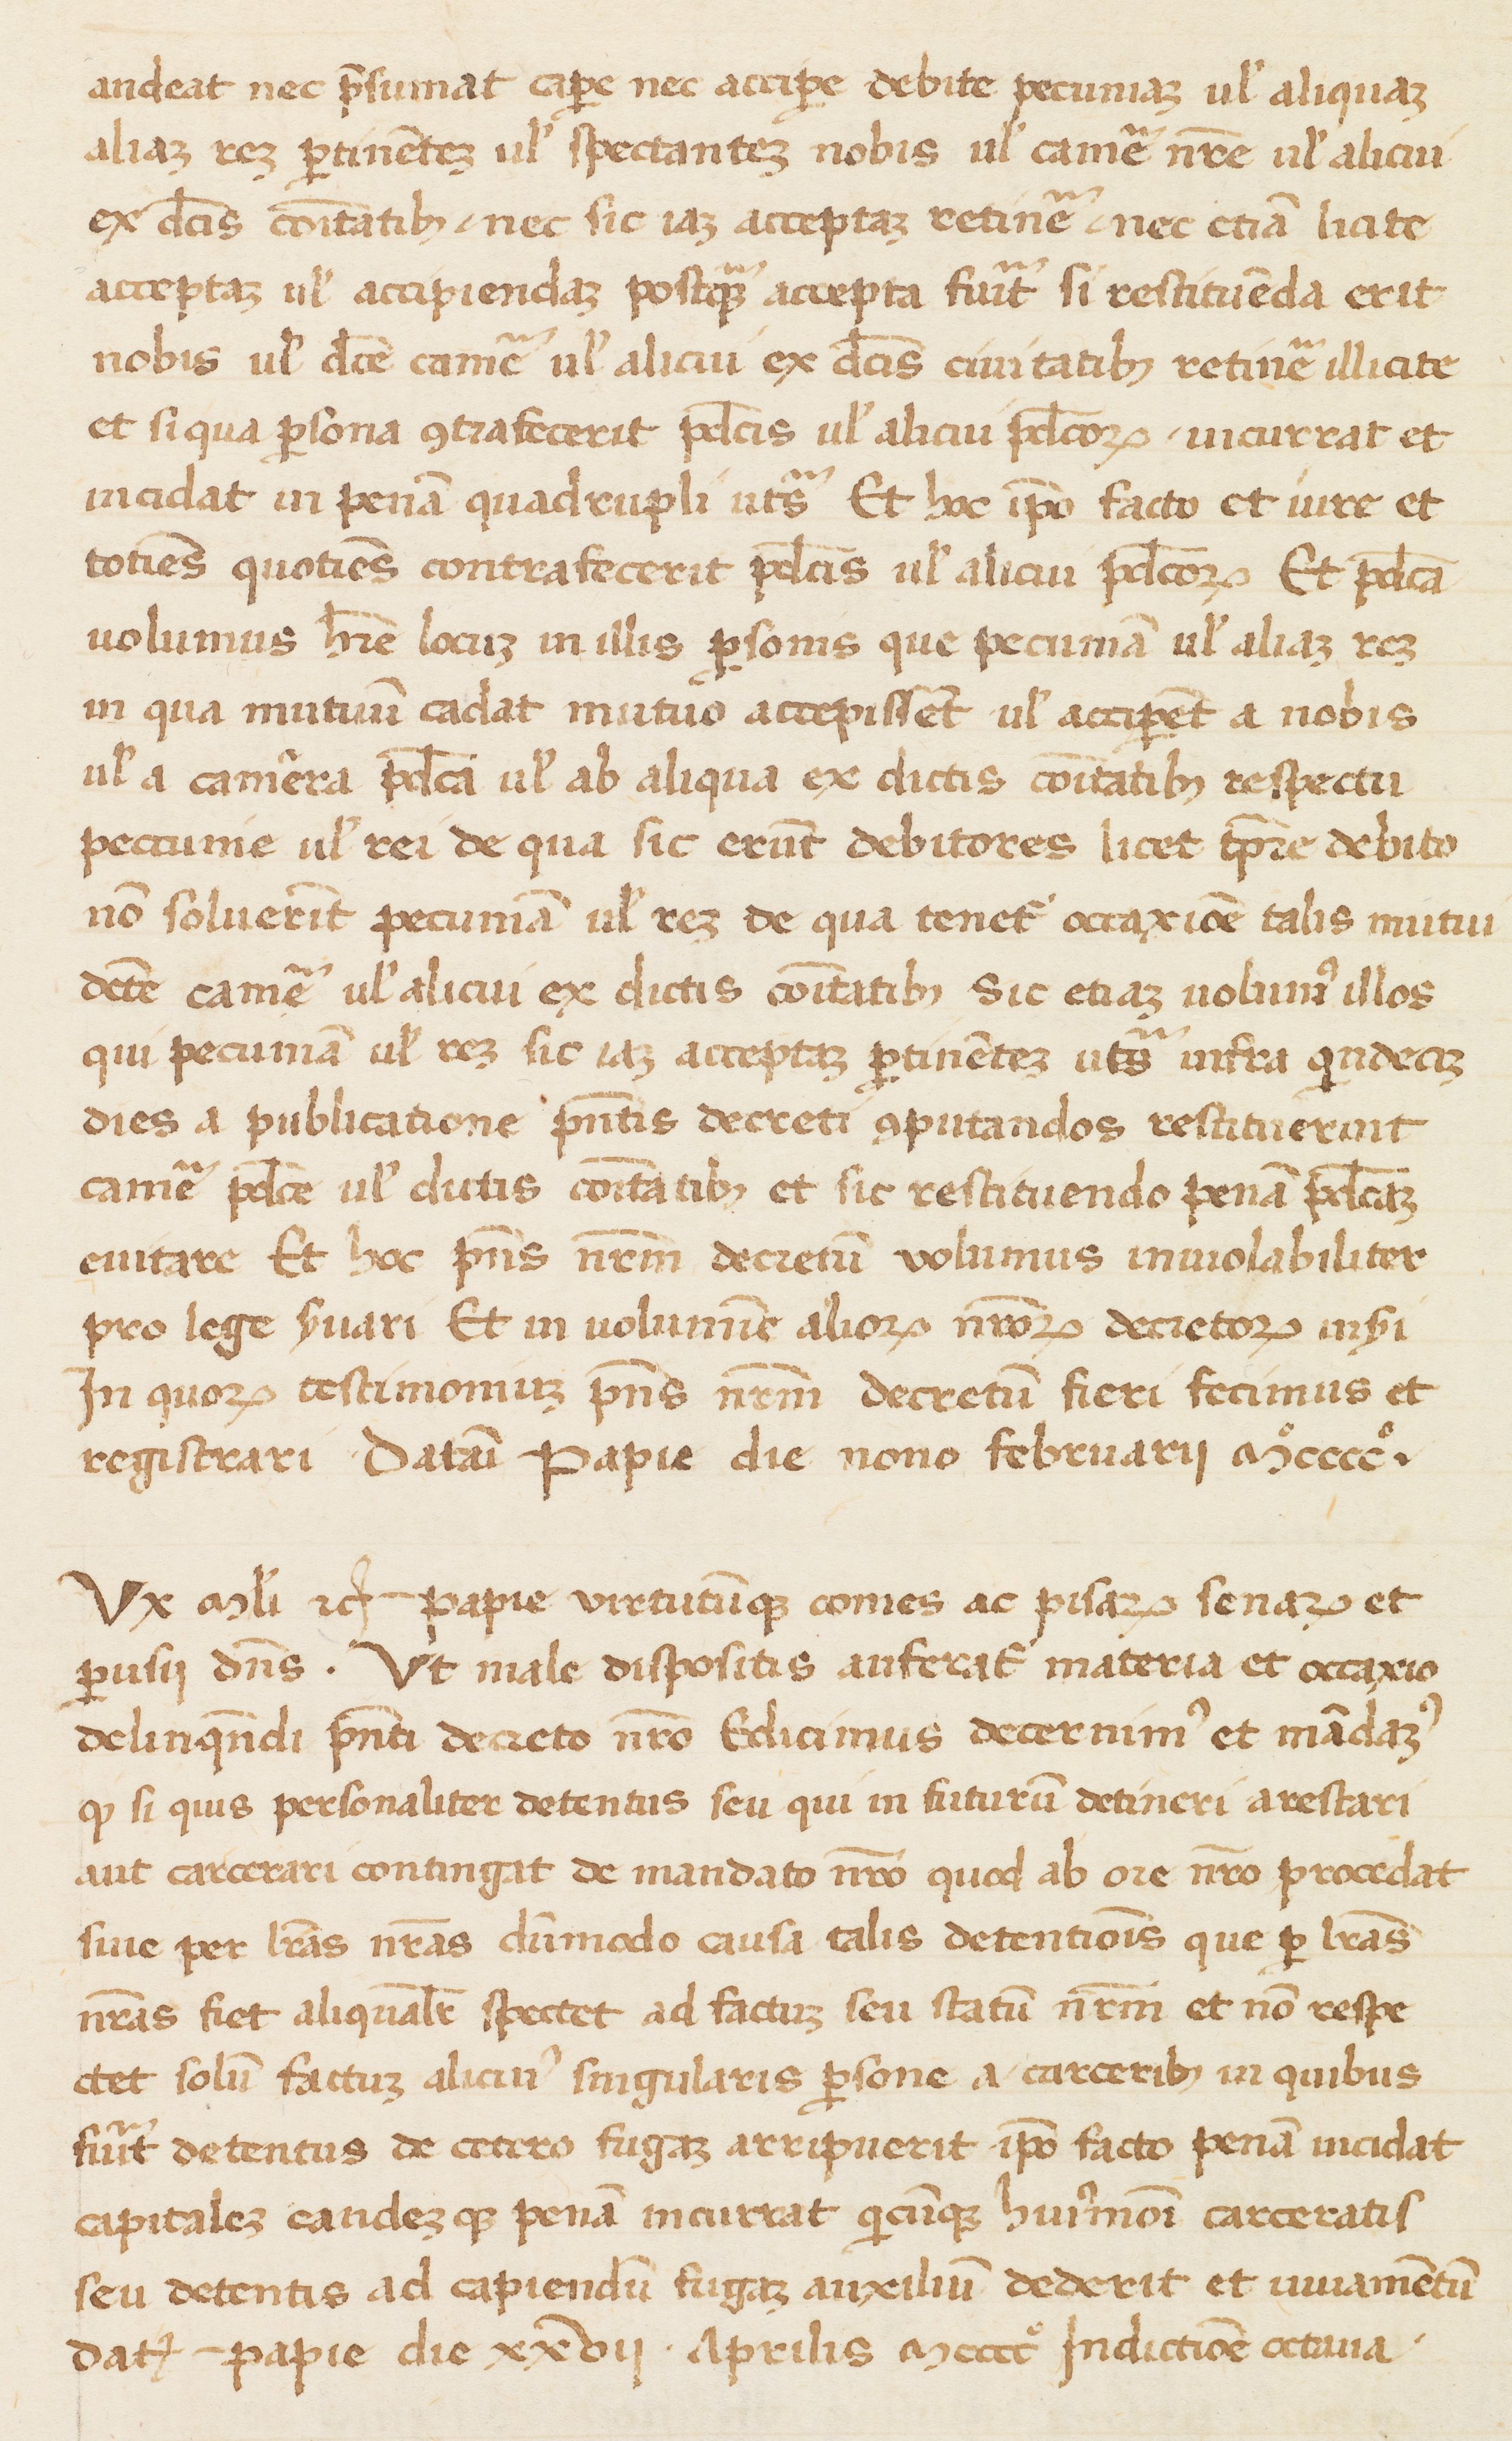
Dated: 1400–1499